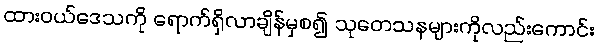
ထားဝယ်ဒေသကို ရောက်ရှိလာချိန်မှစ၍ သုတေသနများကိုလည်းကောင်း